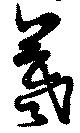
羲